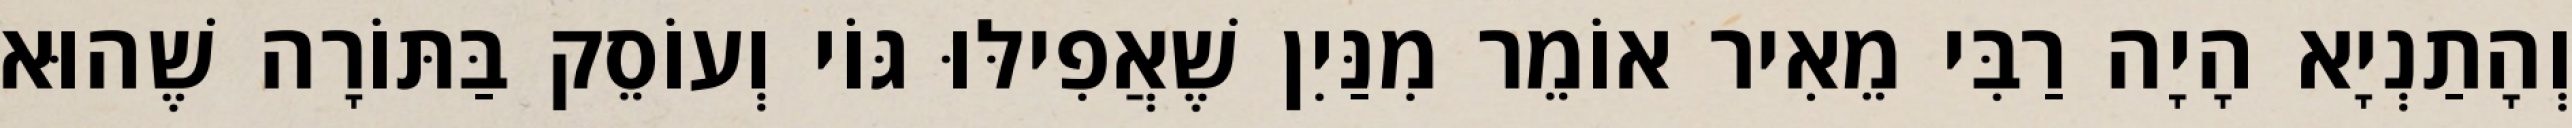
וְהָתַנְיָא הָיָה רַבִּי מֵאִיר אוֹמֵר מִנַּיִן שֶׁאֲפִילּוּ גּוֹי וְעוֹסֵק בַּתּוֹרָה שֶׁהוּא